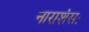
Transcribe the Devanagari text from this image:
नाराशंसः